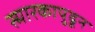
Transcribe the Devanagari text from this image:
स्मारकापुढून